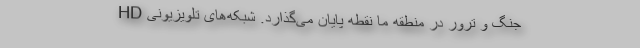
جنگ و ترور در منطقه ما نقطه پایان می‌گذارد. شبکه‌های تلویزیونی HD